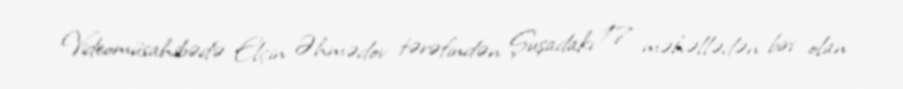
Videomüsahibədə Elçin Əhmədov tərəfindən Şuşadakı 17 məhəllədən biri olan